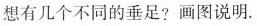
想有几个不同的垂足?画图说明.